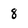
Character: 8